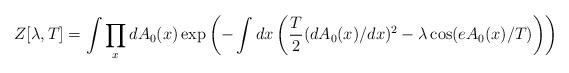
LaTeX: \begin{align*}Z[\lambda,T]=\int \prod_x dA_0(x)\exp\left(-\int dx\left(\frac{T}{2} (dA_0(x)/dx)^2-\lambda\cos (eA_0(x)/T) \right)\right)\end{align*}